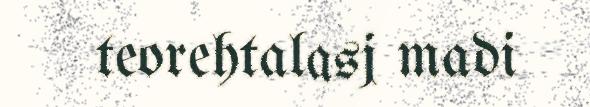
teorehtalasj madi